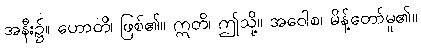
အနီး၌။ ဟောတိ၊ ဖြစ်၏။ ဣတိ၊ ဤသို့။ အဝေါစ၊ မိန့်တော်မူ၏။